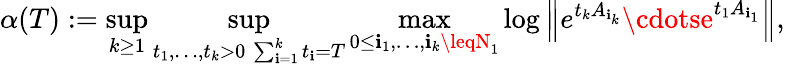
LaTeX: \alpha(T):=\operatorname*{sup}_{k\geq1}\operatorname*{sup}_{\substack{t_{1},\ldots,t_{k}>0\, \sum_{\mathbf{i}=1}^{k}t_{\mathbf{i}}=T}}\operatorname*{max}_{0\leq\mathbf{i}_{1},\ldots,\mathbf{i}_{k}\leqN_{1}}\log\left\| e^{t_{k}A_{\mathbf{i}_{k}}}\cdotse^{t_{1}A_{\mathbf{i}_{1}}}\right\| ,